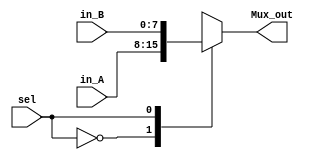
module Mux2to1_8bit(
    input [7:0] in_A,
    input [7:0] in_B,
    input sel,
    output [7:0] Mux_out
    );

reg [7:0] Mux_out;

always @(in_A or in_B or sel)begin
		case(sel)
			1'b0 : Mux_out = in_A;
			1'b1 : Mux_out = in_B;
			default : Mux_out = in_A;
		endcase
end    
    
endmodule